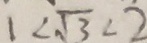
1 < \sqrt { 3 } < 2